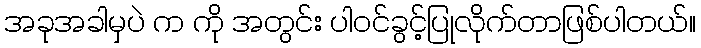
အခုအခါမှပဲ က ကို အတွင်း ပါဝင်ခွင့်ပြုလိုက်တာဖြစ်ပါတယ်။